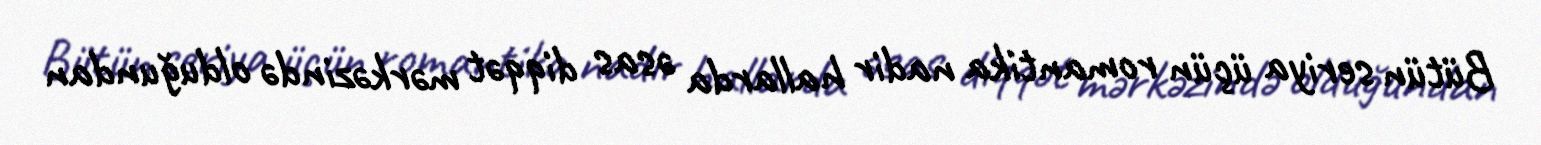
Bütün seriya üçün romantika nadir hallarda əsas diqqət mərkəzində olduğundan